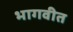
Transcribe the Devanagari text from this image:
भागवीत